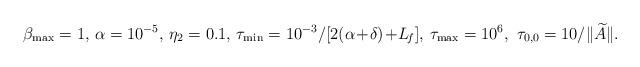
LaTeX: \begin{align*} \beta_{\rm max}=1,\,\alpha=10^{-5},\,\eta_2=0.1,\, \tau_{\rm min}={10^{-3}}/{[2(\alpha\!+\!\delta)\!+\!L_{\!f}]},\,\tau_{\rm max}=10^{6},\ \tau_{0,0}={10}/{\|\widetilde{A}\|}. \end{align*}